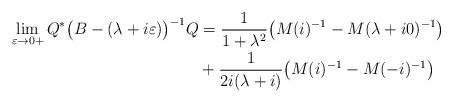
LaTeX: \begin{align*} \lim_{\varepsilon\rightarrow 0+} Q^*\bigl(B-(\lambda+i\varepsilon)\bigr)^{-1}Q&= \frac{1}{1+\lambda^2}\bigl({M(i)^{-1}}- {M(\lambda+i0)^{-1}}\bigr)\\ &+\frac{1}{2i(\lambda+i)} \bigl({M(i)^{-1}}- {M(-i)^{-1}}\bigr) \end{align*}